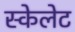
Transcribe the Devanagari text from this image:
स्केलेट